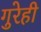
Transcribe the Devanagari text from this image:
गुरेही